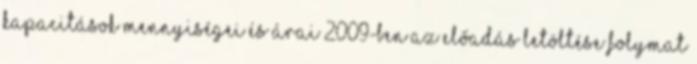
kapacitások mennyiségei és árai 2009-ben Az előadás letöltése folymat